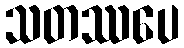
သတဿပေ